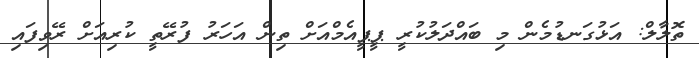
ތޮލާލް: އަޅުގަނޑުމެން މި ބައްދަލުކުރީ ޕީޕީއެމްއަށް ތިން އަހަރު ފުރޭތީ ކުރިއަށް ރޭވިފައި